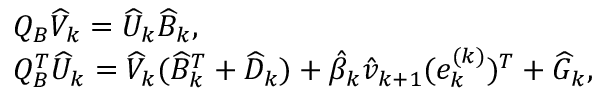
\begin{array} { r l } & { Q _ { B } \widehat { V } _ { k } = \widehat { U } _ { k } \widehat { B } _ { k } , } \\ & { Q _ { B } ^ { T } \widehat { U } _ { k } = \widehat { V } _ { k } ( \widehat { B } _ { k } ^ { T } + \widehat { D } _ { k } ) + \hat { \beta } _ { k } \hat { v } _ { k + 1 } ( e _ { k } ^ { ( k ) } ) ^ { T } + \widehat { G } _ { k } , } \end{array}